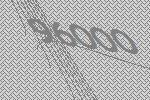
96000